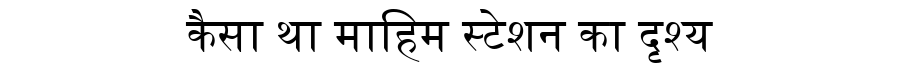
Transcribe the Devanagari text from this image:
कैसा था माहिम स्टेशन का दृश्य